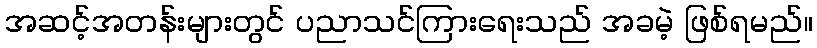
အဆင့်အတန်းများတွင် ပညာသင်ကြားရေးသည် အခမဲ့ ဖြစ်ရမည်။